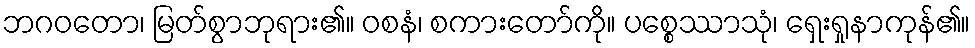
ဘဂဝတော၊ မြတ်စွာဘုရား၏။ ဝစနံ၊ စကားတော်ကို။ ပစ္စေဿာသုံ၊ ရှေးရှုနာကုန်၏။